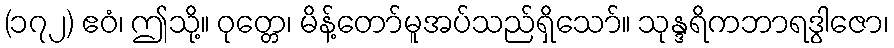
(၁၇၂) ဧဝံ၊ ဤသို့။ ဝုတ္တေ၊ မိန့်တော်မူအပ်သည်ရှိသော်။ သုန္ဒရိကဘာရဒွါဇော၊